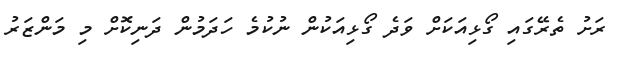
ރަށު ތެރޭގައި ގޯޅިއަކަށް ވަދެ ގޯޅިއަކުން ނުކުމެ ހަދަމުން ދަނިކޮށް މި މަންޒަރު